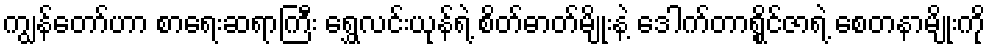
ကျွန်တော်ဟာ စာရေးဆရာကြီး ရွှေလင်းယုန်ရဲ့ စိတ်ဓာတ်မျိုးနဲ့ ဒေါက်တာရွိုင်ဇာရဲ့ စေတနာမျိုးကို